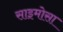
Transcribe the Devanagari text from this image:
साइमोसा